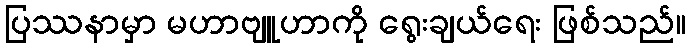
ပြဿနာမှာ မဟာဗျူဟာကို ရွေးချယ်ရေး ဖြစ်သည်။